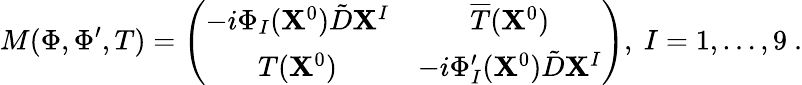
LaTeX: M(\Phi,\Phi^{\prime},T)=\left(\begin{array}{cc}{{-i\Phi_{I}({\mathbf X}^{0})\tilde{D}{\mathbf X}^{I}}}&{{\overline{{{T}}}({\mathbf X}^{0})}}\\ {{T({\mathbf X}^{0})}}&{{-i\Phi_{I}^{\prime}({\mathbf X}^{0})\tilde{D}{\mathbf X}^{I}}}\end{array}\right),\ I=1,\dots,9\ .